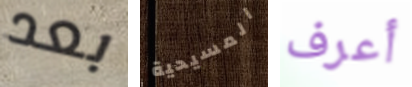
بعد المسيحية أعرف